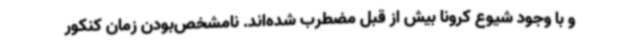
و با وجود شیوع کرونا بیش از قبل مضطرب شده‌اند. نامشخص‌بودن زمان کنکور